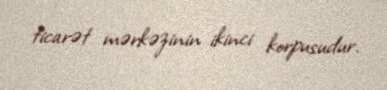
ticarət mərkəzinin ikinci korpusudur.